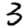
Digit: 3